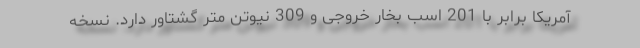
آمریکا برابر با 201 اسب بخار خروجی و 309 نیوتن متر گشتاور دارد. نسخه